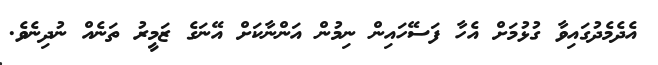
އެދެމެދުގައިވާ ގުޅުމަށް އެހާ ފަސޭހައިން ނިމުން އަންނާކަށް އޭނަގެ ޒަމީރު ތަނެއް ނުދިނެވެ.